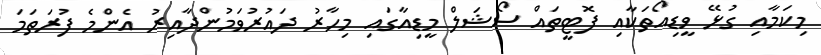
މިކަމާއި ގުޅޭ ވީޑިއޯތަކާއި ފޮޓީތައް ސޯޝަލް މީޑިއާގައި މިހާރު ދައުރުވަމުންދާއިރު އެންމެ ފުރަތަމަ